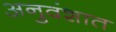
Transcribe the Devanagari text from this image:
अनुवंशात